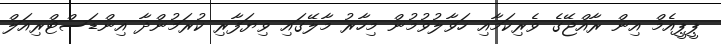
ޕީޕީއެމް އިން ރާއްޖޭގެ ވެރިކަމާއި ހަވާލުވުމުން މިހާރު މާލޭގައި ވިޔަފާރި ކުރަމުންދާ އިންޑަސްޓްރިއަލް